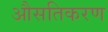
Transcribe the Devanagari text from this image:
औसतिकरण